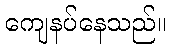
ကျေနပ်နေသည်။